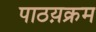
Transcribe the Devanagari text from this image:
पाठय़क्रम